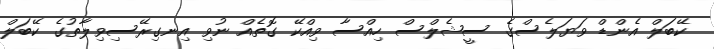
ކޭބަލް އެންޑް ވަޔަލެސްގެ ސީޝެލްސް ހިއްސާ ވިއްކޭ ގޮތެއް ނުވި އިނގިރޭސިވިލާތުގެ ކޭބަލް